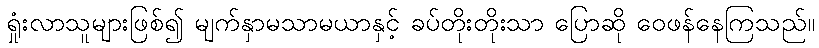
ရှုံးလာသူများဖြစ်၍ မျက်နှာမသာမယာနှင့် ခပ်တိုးတိုးသာ ပြောဆို ဝေဖန်နေကြသည်။